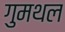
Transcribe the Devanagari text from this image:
गुमथल